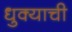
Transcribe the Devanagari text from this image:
धुक्याची